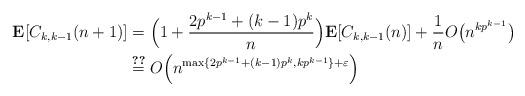
LaTeX: \begin{align*} \mathbf E[C_{k,k-1}(n+1)] &= \Big(1+\frac{2p^{k-1}+(k-1)p^k}n\Big)\mathbf E[C_{k,k-1}(n)] + \frac 1n O\big(n^{kp^{k-1}}\big)\\ &\overset{\ref{co:rec}}=O\Big(n^{\max\{2p^{k-1}+(k-1)p^k,kp^{k-1}\}+\varepsilon}\Big)\end{align*}